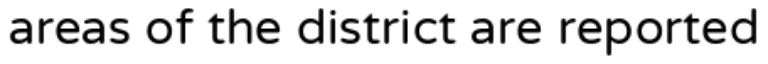
areas of the district are reported